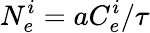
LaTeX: N_{e}^{i}=aC_{e}^{i}/\tau